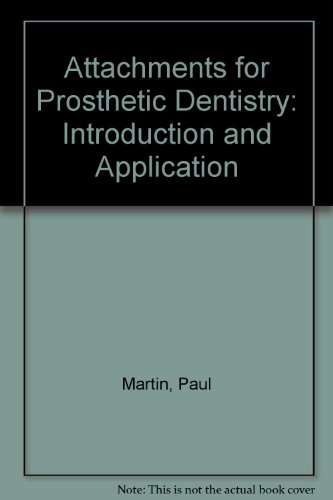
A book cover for Attachments for Prosthetic Dentistry: Introduction and Application; Paul Martin; Medical Books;